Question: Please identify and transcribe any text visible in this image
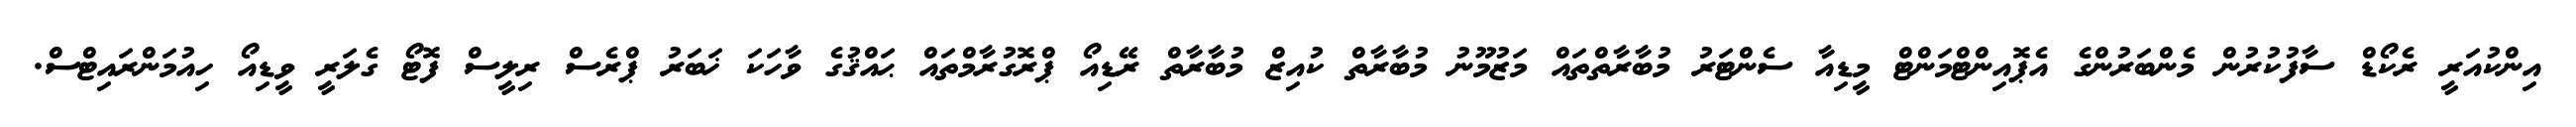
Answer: އިންކުއަރީ ރެކޯޑް ސާފުކުރުން މެންބަރުންގެ އެޕޮއިންޓްމަންޓް މީޑިއާ ސެންޓަރު މުބާރާތްތައް މަޒުމޫނު މުބާރާތް ކުއިޒް މުބާރާތް ރޭޑިއޯ ޕްރޮގުރާމްތައް ޙައްޤުގެ ވާހަކަ ޚަބަރު ޕްރެސް ރިލީސް ފޮޓޯ ގެލަރީ ވީޑިއޯ ހިއުމަންރައިޓްސް.